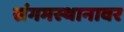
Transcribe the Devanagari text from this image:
संगमस्थानावर